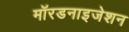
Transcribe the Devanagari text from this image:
मॉरडनाइजेशन